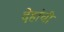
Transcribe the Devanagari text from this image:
देहांची